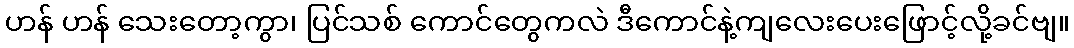
ဟန် ဟန် သေးတော့ကွာ၊ ပြင်သစ် ကောင်တွေကလဲ ဒီကောင်နဲ့ကျလေးပေးဖြောင့်လို့ခင်ဗျ။